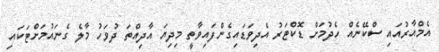
އެމްއާރުއައި ސްކޭނެއް ހެދުމަށް ޑޮކްޓަރު އެދިވަޑައިގެންފައިވާތީ މިދިޔަ އާދިއްތަ ދުވަހު މާލެ ގެނައުމަށްޓަކައި